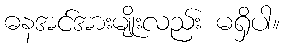
ဓနအင်အားမျိုးလည်း မရှိပါ။